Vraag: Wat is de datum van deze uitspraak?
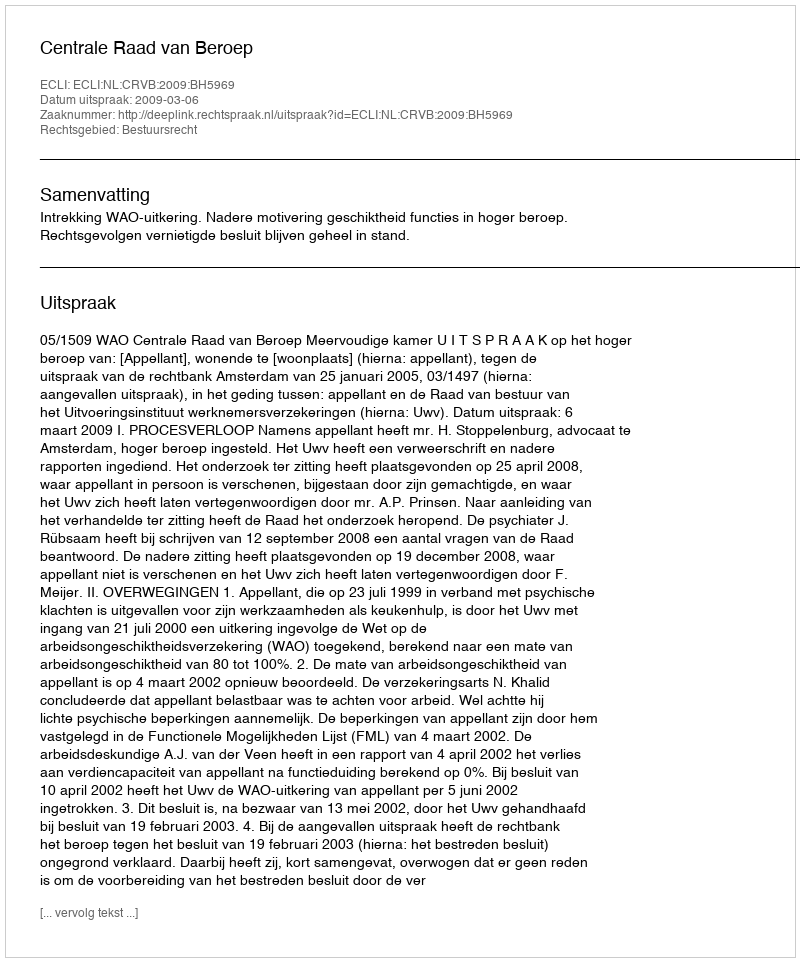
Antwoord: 2009-03-06